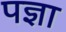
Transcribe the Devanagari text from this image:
पज्ञा